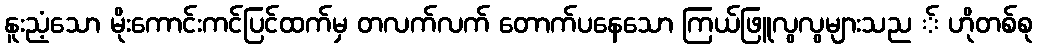
နူးညံ့သော မိုးကောင်းကင်ပြင်ထက်မှ တလက်လက် တောက်ပနေသော ကြယ်ဖြူလွလွများသည ် ဟိုတစ်စု